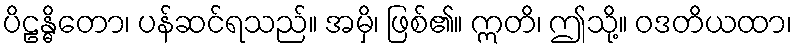
ပိဠန္ဓိတော၊ ပန်ဆင်ရသည်။ အမှိ၊ ဖြစ်၏။ ဣတိ၊ ဤသို့။ ဝဒတိယထာ၊